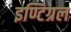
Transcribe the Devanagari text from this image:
इण्टिग्रल